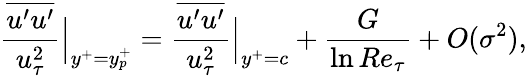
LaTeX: \frac{\overline{{u^{\prime}u^{\prime}}}}{u_{\tau}^{2}}\Big|_{y^{+}=y_{p}^{+}}=\frac{\overline{{u^{\prime}u^{\prime}}}}{u_{\tau}^{2}}\Big|_{y^{+}=c}+\frac{G}{\ln Re_{\tau}}+O(\sigma^{2}),